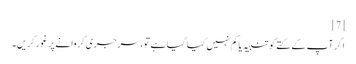
[7]
اگر آپ کے کتے کو تنبیہ یا کم نہیں کیا گیا ہے تو ، سرجری کروانے پر غور کریں۔